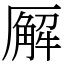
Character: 𪠘